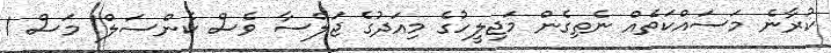
ކުރާނެ މަސައްކަތެއް ނެތިގެން މަޖިލީހުގެ މިއަދުގެ ޖަލްސާ ވެސް ކެންސަލް1 މަސް 1